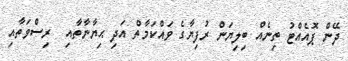
ދޭން ޕޮއެއްޓު ތިނެއް ބިލިޔަން ރުފިޔާގެ ވައްކަމާތް އަދި ޙިޔާނާތާއި  ރިސްވަތާއި